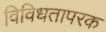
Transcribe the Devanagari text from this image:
विविधतापरक